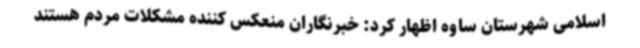
اسلامی شهرستان ساوه اظهار کرد: خبرنگاران منعکس کننده مشکلات مردم هستند